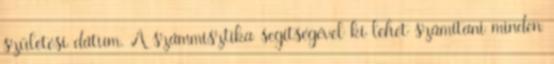
születési dátum. A számmisztika segítségével ki lehet számítani minden